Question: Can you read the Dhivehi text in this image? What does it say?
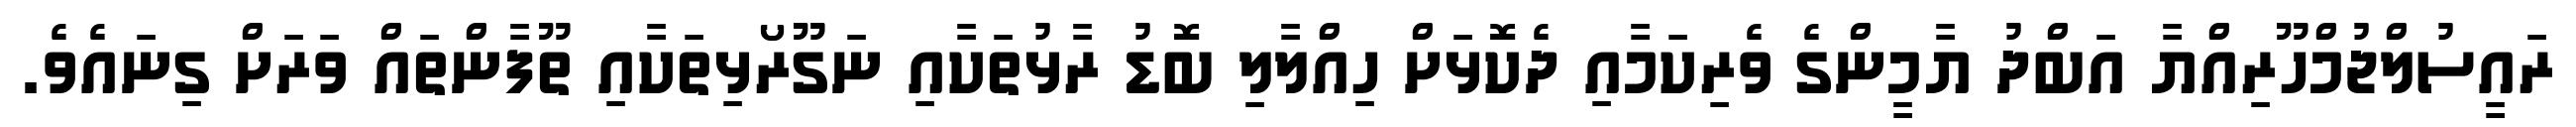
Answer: ރައީސުލްޖުމްހޫރިއްޔާ އަބްދު ޔާމީންގެ ވެރިކަމާއި ދެކޮޅަށް ހިއްލާލި ބޮޑު ރާޅުތަކާއި ނަގޫރޯޅިތަކާއި ތޫފާންތައް ވަރަށް ގިނައެވެ.